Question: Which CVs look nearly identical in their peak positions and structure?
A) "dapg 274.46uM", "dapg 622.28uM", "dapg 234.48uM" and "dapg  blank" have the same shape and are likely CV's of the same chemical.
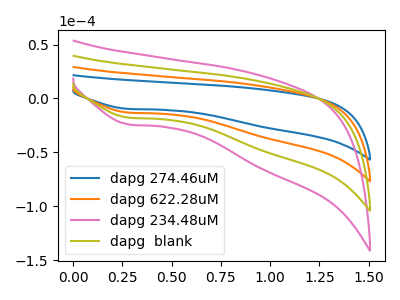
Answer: <think>The blue curve "dapg 274.46uM" has a cathodic peak at: (0.30V, -9.70uA). The orange curve "dapg 622.28uM" has a cathodic peak at: (0.30V, -13.15uA). The pink curve "dapg 234.48uM" has a cathodic peak at: (0.30V, -39.45uA). The olive curve "dapg  blank" has a cathodic peak at: (0.30V, -26.30uA).
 All the peaks in "dapg 274.46uM" have a peak in "dapg 622.28uM" at the same potential. Every peak in "dapg 274.46uM" is lower than every peak in "dapg 622.28uM". All the peaks in "dapg 274.46uM" have a peak in "dapg 234.48uM" at the same potential. Every peak in "dapg 274.46uM" is lower than every peak in "dapg 234.48uM". All the peaks in "dapg 274.46uM" have a peak in "dapg  blank" at the same potential. Every peak in "dapg 274.46uM" is lower than every peak in "dapg  blank". All the peaks in "dapg 622.28uM" have a peak in "dapg 234.48uM" at the same potential. Every peak in "dapg 622.28uM" is lower than every peak in "dapg 234.48uM". All the peaks in "dapg 622.28uM" have a peak in "dapg  blank" at the same potential. Every peak in "dapg 622.28uM" is lower than every peak in "dapg  blank". All the peaks in "dapg 234.48uM" have a peak in "dapg  blank" at the same potential. Every peak in "dapg 234.48uM" is higher than every peak in "dapg  blank".</think>
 <answer>A) "dapg 274.46uM", "dapg 622.28uM", "dapg 234.48uM" and "dapg  blank" have the same shape and are likely CV's of the same chemical.</answer>
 <eval>A</eval>